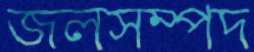
জলসম্পদ